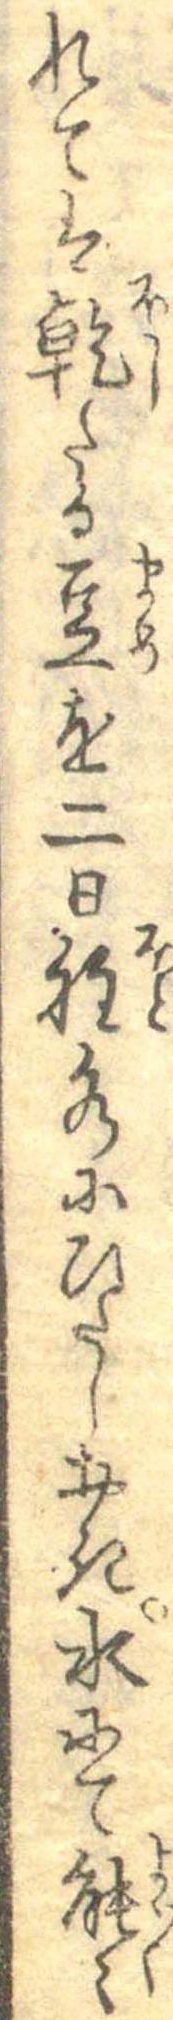
れては乾たる豆を二日程水にひたしおき水にて能々